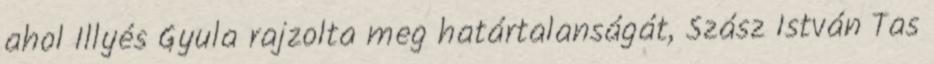
ahol Illyés Gyula rajzolta meg határtalanságát, Szász István Tas